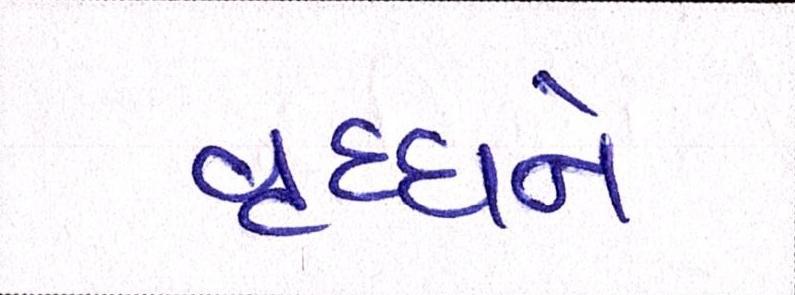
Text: વૃધ્ધને